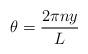
LaTeX: \begin{align*}\theta = {2\pi n y \over L}\end{align*}